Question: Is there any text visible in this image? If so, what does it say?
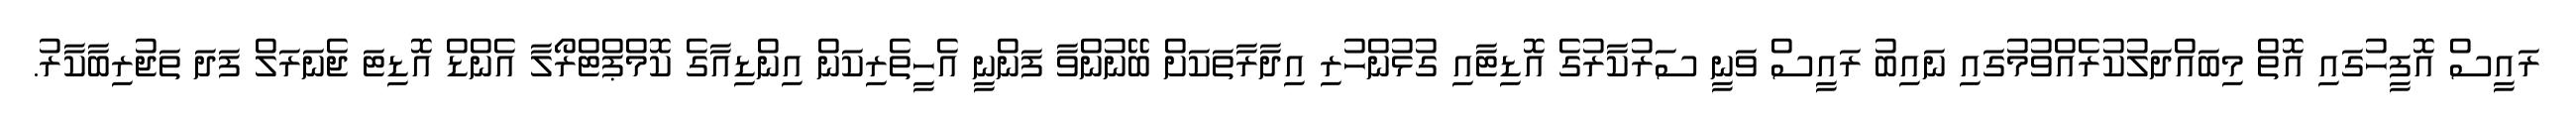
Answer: ރައީސް އޮފީހުގައި އޮތް މިބައްދަލުކުރެއްވުމުގައި ނައިބު ރައީސް ވަނީ ސަރުކާރުގެ އޮޑިޓާއި ގުޅުންހުރި އިދާރާތަކަށް ބޭނުންވާ ފަންނީ އެހީތެރިކަން އިންޑިއާގެ ކޮމްޕްޓްރޯލާ އެންޑް އޮޑިޓަ ޖެނަރަލް ފަދަ ތަޖުރިބާކާރު.